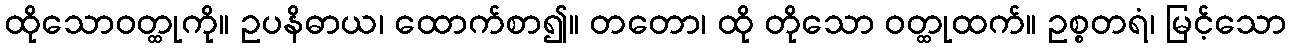
ထိုသောဝတ္ထုကို။ ဥပနိဓာယ၊ ထောက်စာ၍။ တတော၊ ထို တိုသော ဝတ္ထုထက်။ ဥစ္စတရံ၊ မြင့်သော